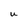
Character: U